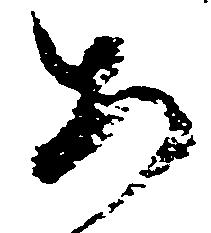
あ